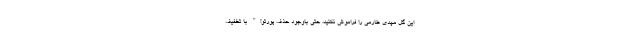
این گل مهدی طارمی را فراموش نکنید، حتی باوجود حذف پورتو!" با تخفیف